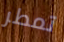
تمطر